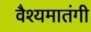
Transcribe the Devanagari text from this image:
वैश्यमातंगी